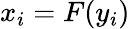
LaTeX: x_{i}=F(y_{i})